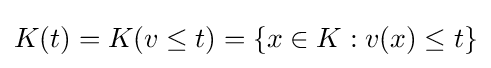
K(t)=K(v\leq t)=\{x\in K:v(x)\leq t\}